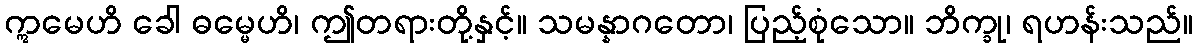
ဣမေဟိ ခေါ ဓမ္မေဟိ၊ ဤတရားတို့နှင့်။ သမန္နာဂတော၊ ပြည့်စုံသော။ ဘိက္ခု၊ ရဟန်းသည်။